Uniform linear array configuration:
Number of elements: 64
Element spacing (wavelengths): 0.25
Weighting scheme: hamming
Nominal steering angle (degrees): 0
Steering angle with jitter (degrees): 1.282
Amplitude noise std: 0.05
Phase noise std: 0.05

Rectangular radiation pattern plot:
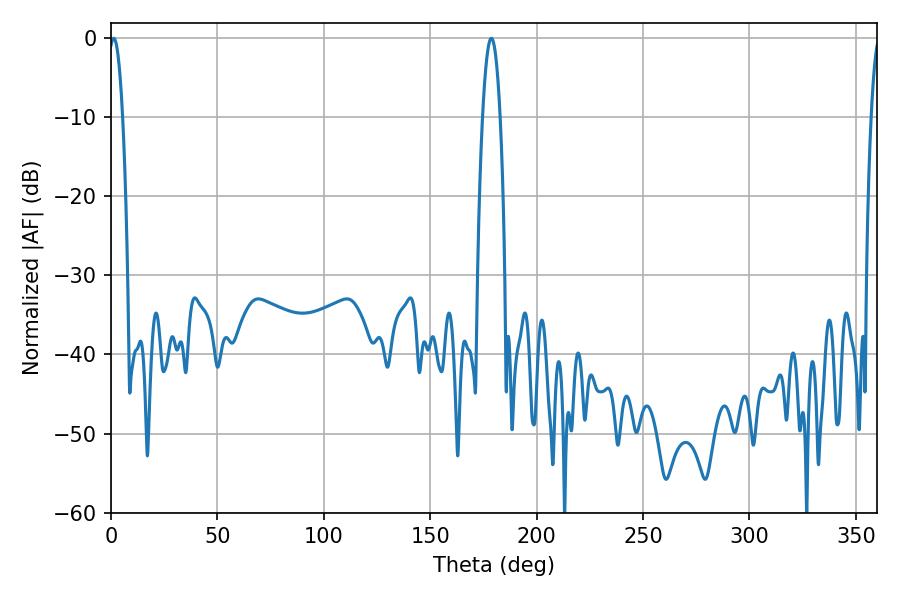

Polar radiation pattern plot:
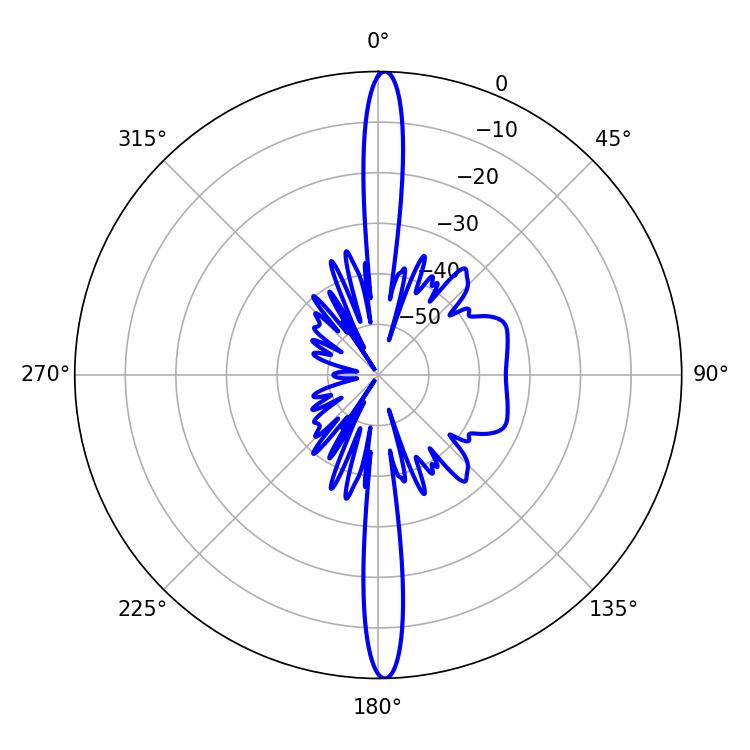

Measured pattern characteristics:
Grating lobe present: FALSE
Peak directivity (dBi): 26.562
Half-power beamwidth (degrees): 3.6
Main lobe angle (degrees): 1.26